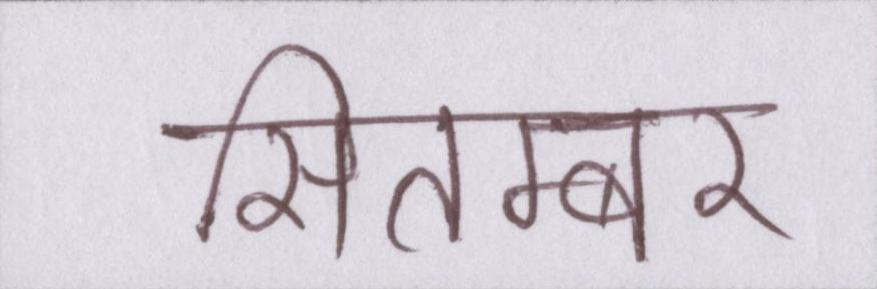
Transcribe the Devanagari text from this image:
सितम्बर